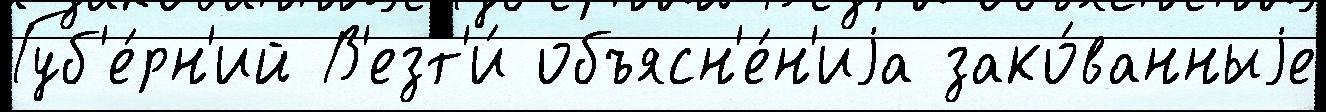
Губ'е́рн'ий В'езт'и́ объясн'е́н'иjа зако́ванныjе